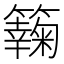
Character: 𥶶